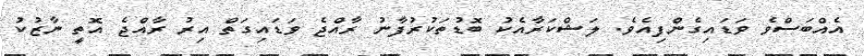
އެއްބަސްވެ ވަޑައިގެންފިއެވެ. ލަޝްކަރާއެކު ބޮޑުތަކުރުފާނު ރާއްޖެ ވަޑައިގަތް އިރު ރާއްޖެ އޮތީ ނާޒުކު